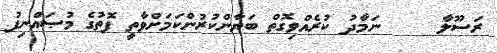
ރަސޫލާ     ނަމާދު ކުރެއްވިގޮތް ބަޔާންކުރުންކަމަށްވާތީ ފޮތުގެ މުޞައްނިފު